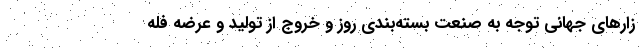
زارهای جهانی توجه به صنعت بسته‌بندی روز و خروج از تولید و عرضه فله